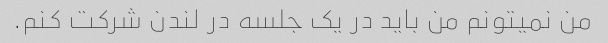
من نمیتونم من باید در یک جلسه در لندن شرکت کنم.